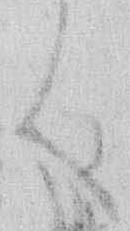
く